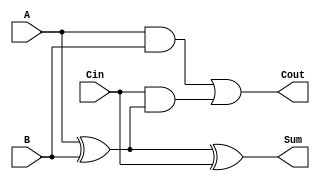
////////////////////////////////////////////////
// 
////////////////////////////////////////////////

module FullAdder(
  input     A,
  input     B,
  input     Cin,
  output    Sum,
  output    Cout
);

  // 
  assign Sum = A ^ B ^ Cin;
  // 
  assign Cout = (A & B) | (Cin & (A ^ B));

endmodule

module FourBitAdder(
  input     [3:0]   A,
  input     [3:0]   B,
  input             Cin,
  output    [3:0]   Sum,
  output            Cout
);

  // 
wire  [3:0] X;
wire        Cout1, Cout2, Cout3;

// 
FullAdder FA1(
    .A      (A[0]), 
    .B      (B[0]), 
    .Cin    (Cin), 
    .Sum    (X[0]), 
    .Cout   (Cout1)
);

// 
FullAdder FA2(
    .A      (A[1]), 
    .B      (B[1]), 
    .Cin    (Cout1), 
    .Sum    (X[1]), 
    .Cout   (Cout2)
);

// 
FullAdder FA3(
    .A      (A[2]), 
    .B      (B[2]), 
    .Cin    (Cout2), 
    .Sum    (X[2]), 
    .Cout   (Cout3)
);
  
// 
FullAdder FA4(
    .A      (A[3]), 
    .B      (B[3]), 
    .Cin    (Cout3), 
    .Sum    (X[3]), 
    .Cout   (Cout)
);

// 
assign Sum = X;
//assign Cout = Cout;

endmodule